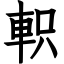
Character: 軹